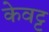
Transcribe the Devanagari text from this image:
केवट्ट